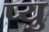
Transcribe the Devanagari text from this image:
प्यु